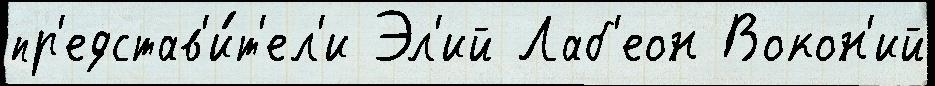
пр'едстав'и́т'ел'и Эл'ий Лаб'еон Вокон'ий